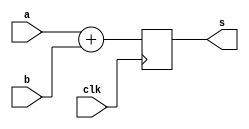
//------------------------------------------------------------------------------
//
// adder47_generic.v
// -----------------------------------------------------------------------------
// Generic 47-bit adder.
//
//
// Copyright (c) 2016, NORDUnet A/S
//
// Redistribution and use in source and binary forms, with or without
// modification, are permitted provided that the following conditions are met:
//
// - Redistributions of source code must retain the above copyright notice,
//   this list of conditions and the following disclaimer.
//
// - Redistributions in binary form must reproduce the above copyright notice,
//   this list of conditions and the following disclaimer in the documentation
//   and/or other materials provided with the distribution.
//
// - Neither the name of the NORDUnet nor the names of its contributors may be
//   used to endorse or promote products derived from this software without
//   specific prior written permission.
//
// THIS SOFTWARE IS PROVIDED BY THE COPYRIGHT HOLDERS AND CONTRIBUTORS "AS IS"
// AND ANY EXPRESS OR IMPLIED WARRANTIES, INCLUDING, BUT NOT LIMITED TO, THE
// IMPLIED WARRANTIES OF MERCHANTABILITY AND FITNESS FOR A PARTICULAR PURPOSE
// ARE DISCLAIMED. IN NO EVENT SHALL THE COPYRIGHT HOLDER OR CONTRIBUTORS BE
// LIABLE FOR ANY DIRECT, INDIRECT, INCIDENTAL, SPECIAL, EXEMPLARY, OR
// CONSEQUENTIAL DAMAGES (INCLUDING, BUT NOT LIMITED TO, PROCUREMENT OF
// SUBSTITUTE GOODS OR SERVICES; LOSS OF USE, DATA, OR PROFITS; OR BUSINESS
// INTERRUPTION) HOWEVER CAUSED AND ON ANY THEORY OF LIABILITY, WHETHER IN
// CONTRACT, STRICT LIABILITY, OR TORT (INCLUDING NEGLIGENCE OR OTHERWISE)
// ARISING IN ANY WAY OUT OF THE USE OF THIS SOFTWARE, EVEN IF ADVISED OF THE
// POSSIBILITY OF SUCH DAMAGE.
//
//------------------------------------------------------------------------------

module adder47_generic
  (
   input 	  clk, // clock
   input [46: 0]  a, // operand input
   input [46: 0]  b, // operand input
   output [46: 0] s			// sum output
   );

   //
   // Sum
   //
   reg [46: 0] 	  s_int;

   always @(posedge clk)
     s_int <= a + b;

   //
   // Output
   //
   assign s = s_int;

endmodule

//------------------------------------------------------------------------------
// End-of-File
//------------------------------------------------------------------------------